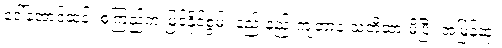
ဒေါ်အောင်ဆန်း စုကြည်က မြင်နိုင်စွမ်း နည်းနည်းကျတာနဲ့ သတိထားမိပြီး အမြန်ဆုံး